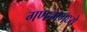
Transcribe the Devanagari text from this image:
गणनामध्ये